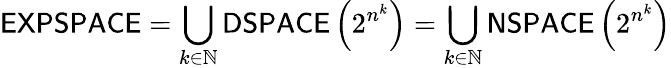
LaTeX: {\mathsf{EXPSPACE}}=\bigcup_{k\in\mathbb{N}}{\mathsf{DSPACE}}\left(2^{n^{k}}\right)=\bigcup_{k\in\mathbb{N}}{\mathsf{NSPACE}}\left(2^{n^{k}}\right)